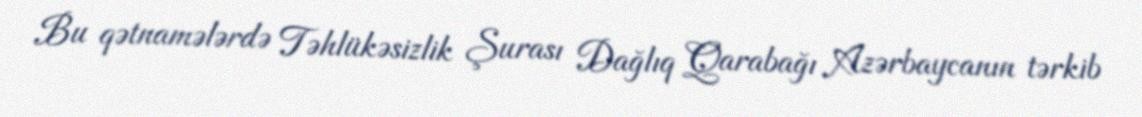
Bu qətnamələrdə Təhlükəsizlik Şurası Dağlıq Qarabağı Azərbaycanın tərkib